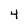
Character: 4